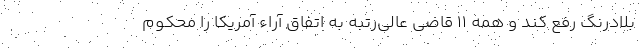
بلادرنگ رفع کند و همه ۱۱ قاضی عالی‌رتبه به اتفاق آراء آمریکا را محکوم